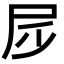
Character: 𡰹